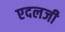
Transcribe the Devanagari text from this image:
एदलजी